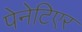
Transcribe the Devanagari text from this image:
पेनेटिएर